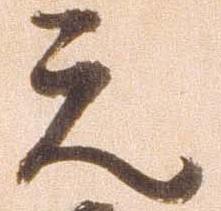
元